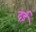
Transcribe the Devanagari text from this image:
द्रर्ड